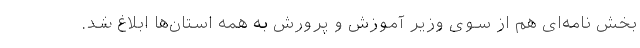
بخش نامه‌ای هم از سوی وزیر آموزش و پرورش به همه استان‌ها ابلاغ شد.